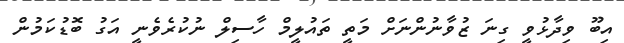
އިބޫ ވިދާޅުވީ ގިނަ ޒުވާނުންނަށް މަތީ ތައުލީމް ހާސިލް ނުކުރެވެނީ އަގު ބޮޑުކަމުން